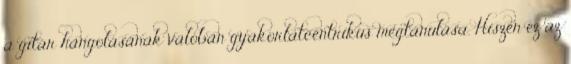
a gitár hangolásának valóban gyakorlatcentrikus megtanulása. Hiszen ez az